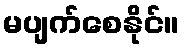
မပျက်စေနိုင်။